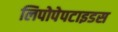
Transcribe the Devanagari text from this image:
लिपोपेपटाइडस